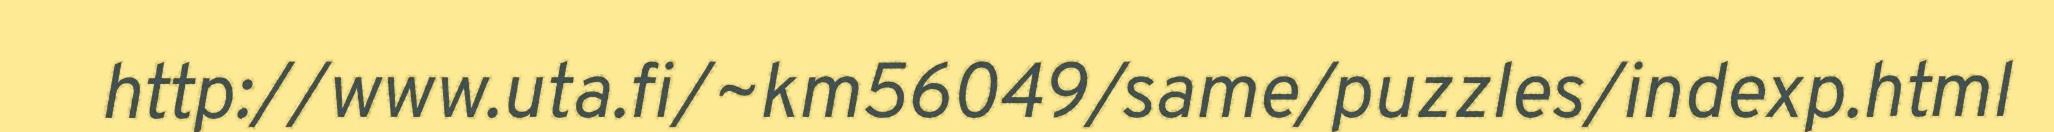
http://www.uta.fi/~km56049/same/puzzles/indexp.html